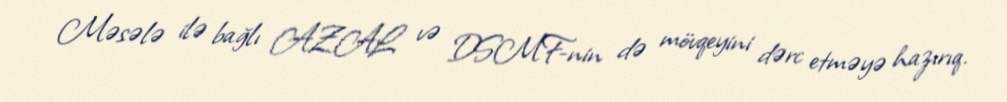
Məsələ ilə bağlı AZAL və DSMF-nin də mövqeyini dərc etməyə hazırıq.